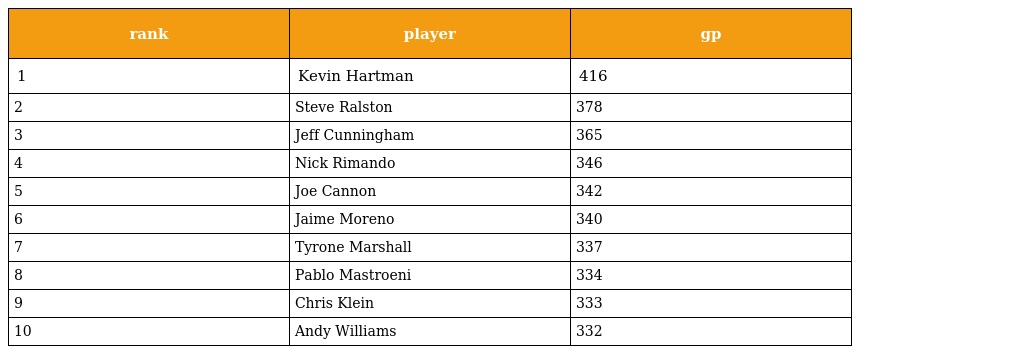
| rank | player | gp |
 | --- | --- | --- |
 | 1 | Kevin Hartman | 416 |
 | 2 | Steve Ralston | 378 |
 | 3 | Jeff Cunningham | 365 |
 | 4 | Nick Rimando | 346 |
 | 5 | Joe Cannon | 342 |
 | 6 | Jaime Moreno | 340 |
 | 7 | Tyrone Marshall | 337 |
 | 8 | Pablo Mastroeni | 334 |
 | 9 | Chris Klein | 333 |
 | 10 | Andy Williams | 332 |